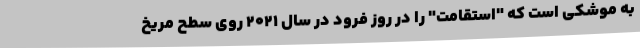
به موشکی است که "استقامت" را در روز فرود در سال ۲۰۲۱ روی سطح مریخ